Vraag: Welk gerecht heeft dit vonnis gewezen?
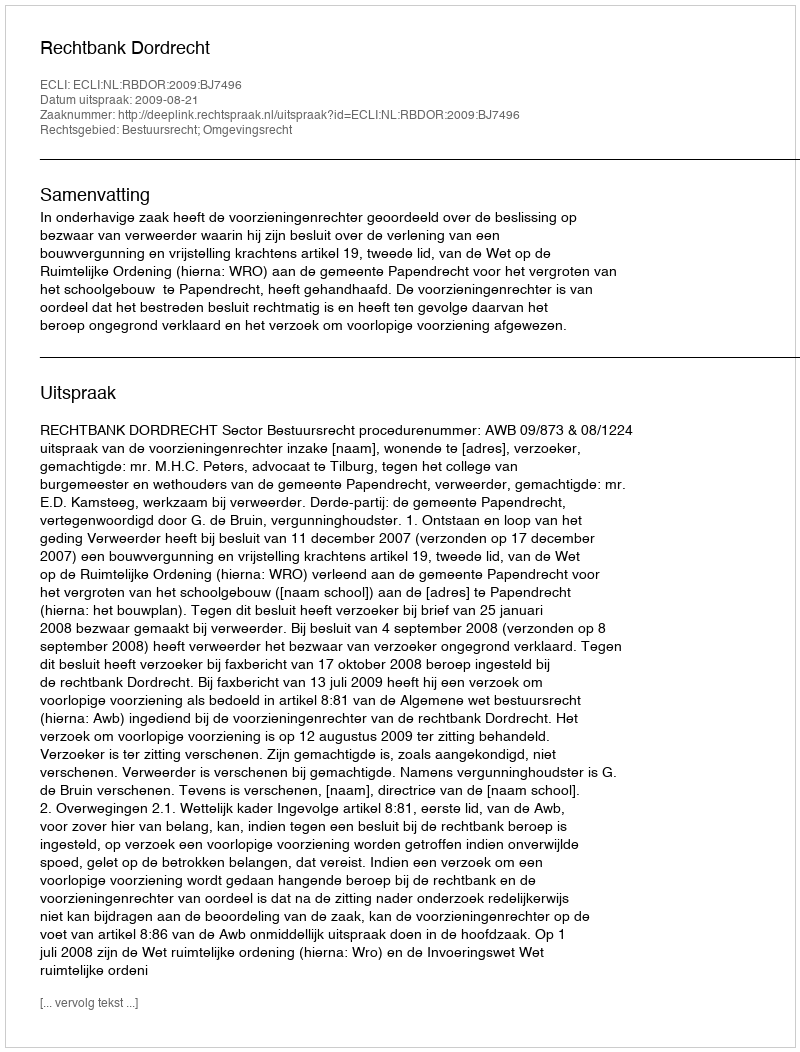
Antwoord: Rechtbank Dordrecht